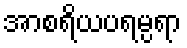
အာစရိယပရမ္ပရာ